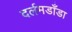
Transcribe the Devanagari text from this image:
दर्लमडाँडा